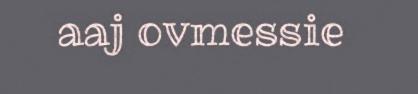
aaj ovmessie